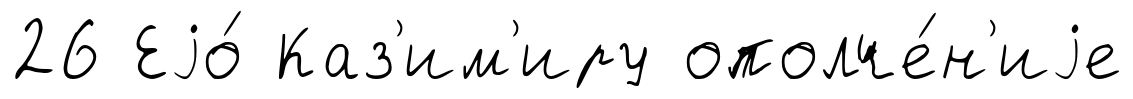
26 Еjо́ Каз'им'иру ополче́н'иjе